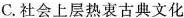
C.社会上层热衷古典文化